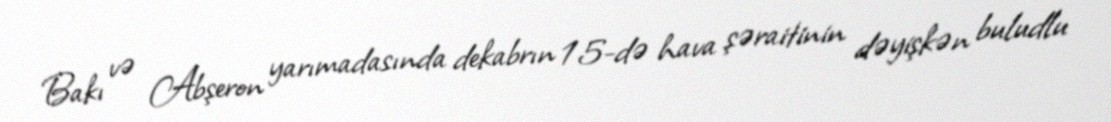
Bakı və Abşeron yarımadasında dekabrın 15-də hava şəraitinin dəyişkən buludlu